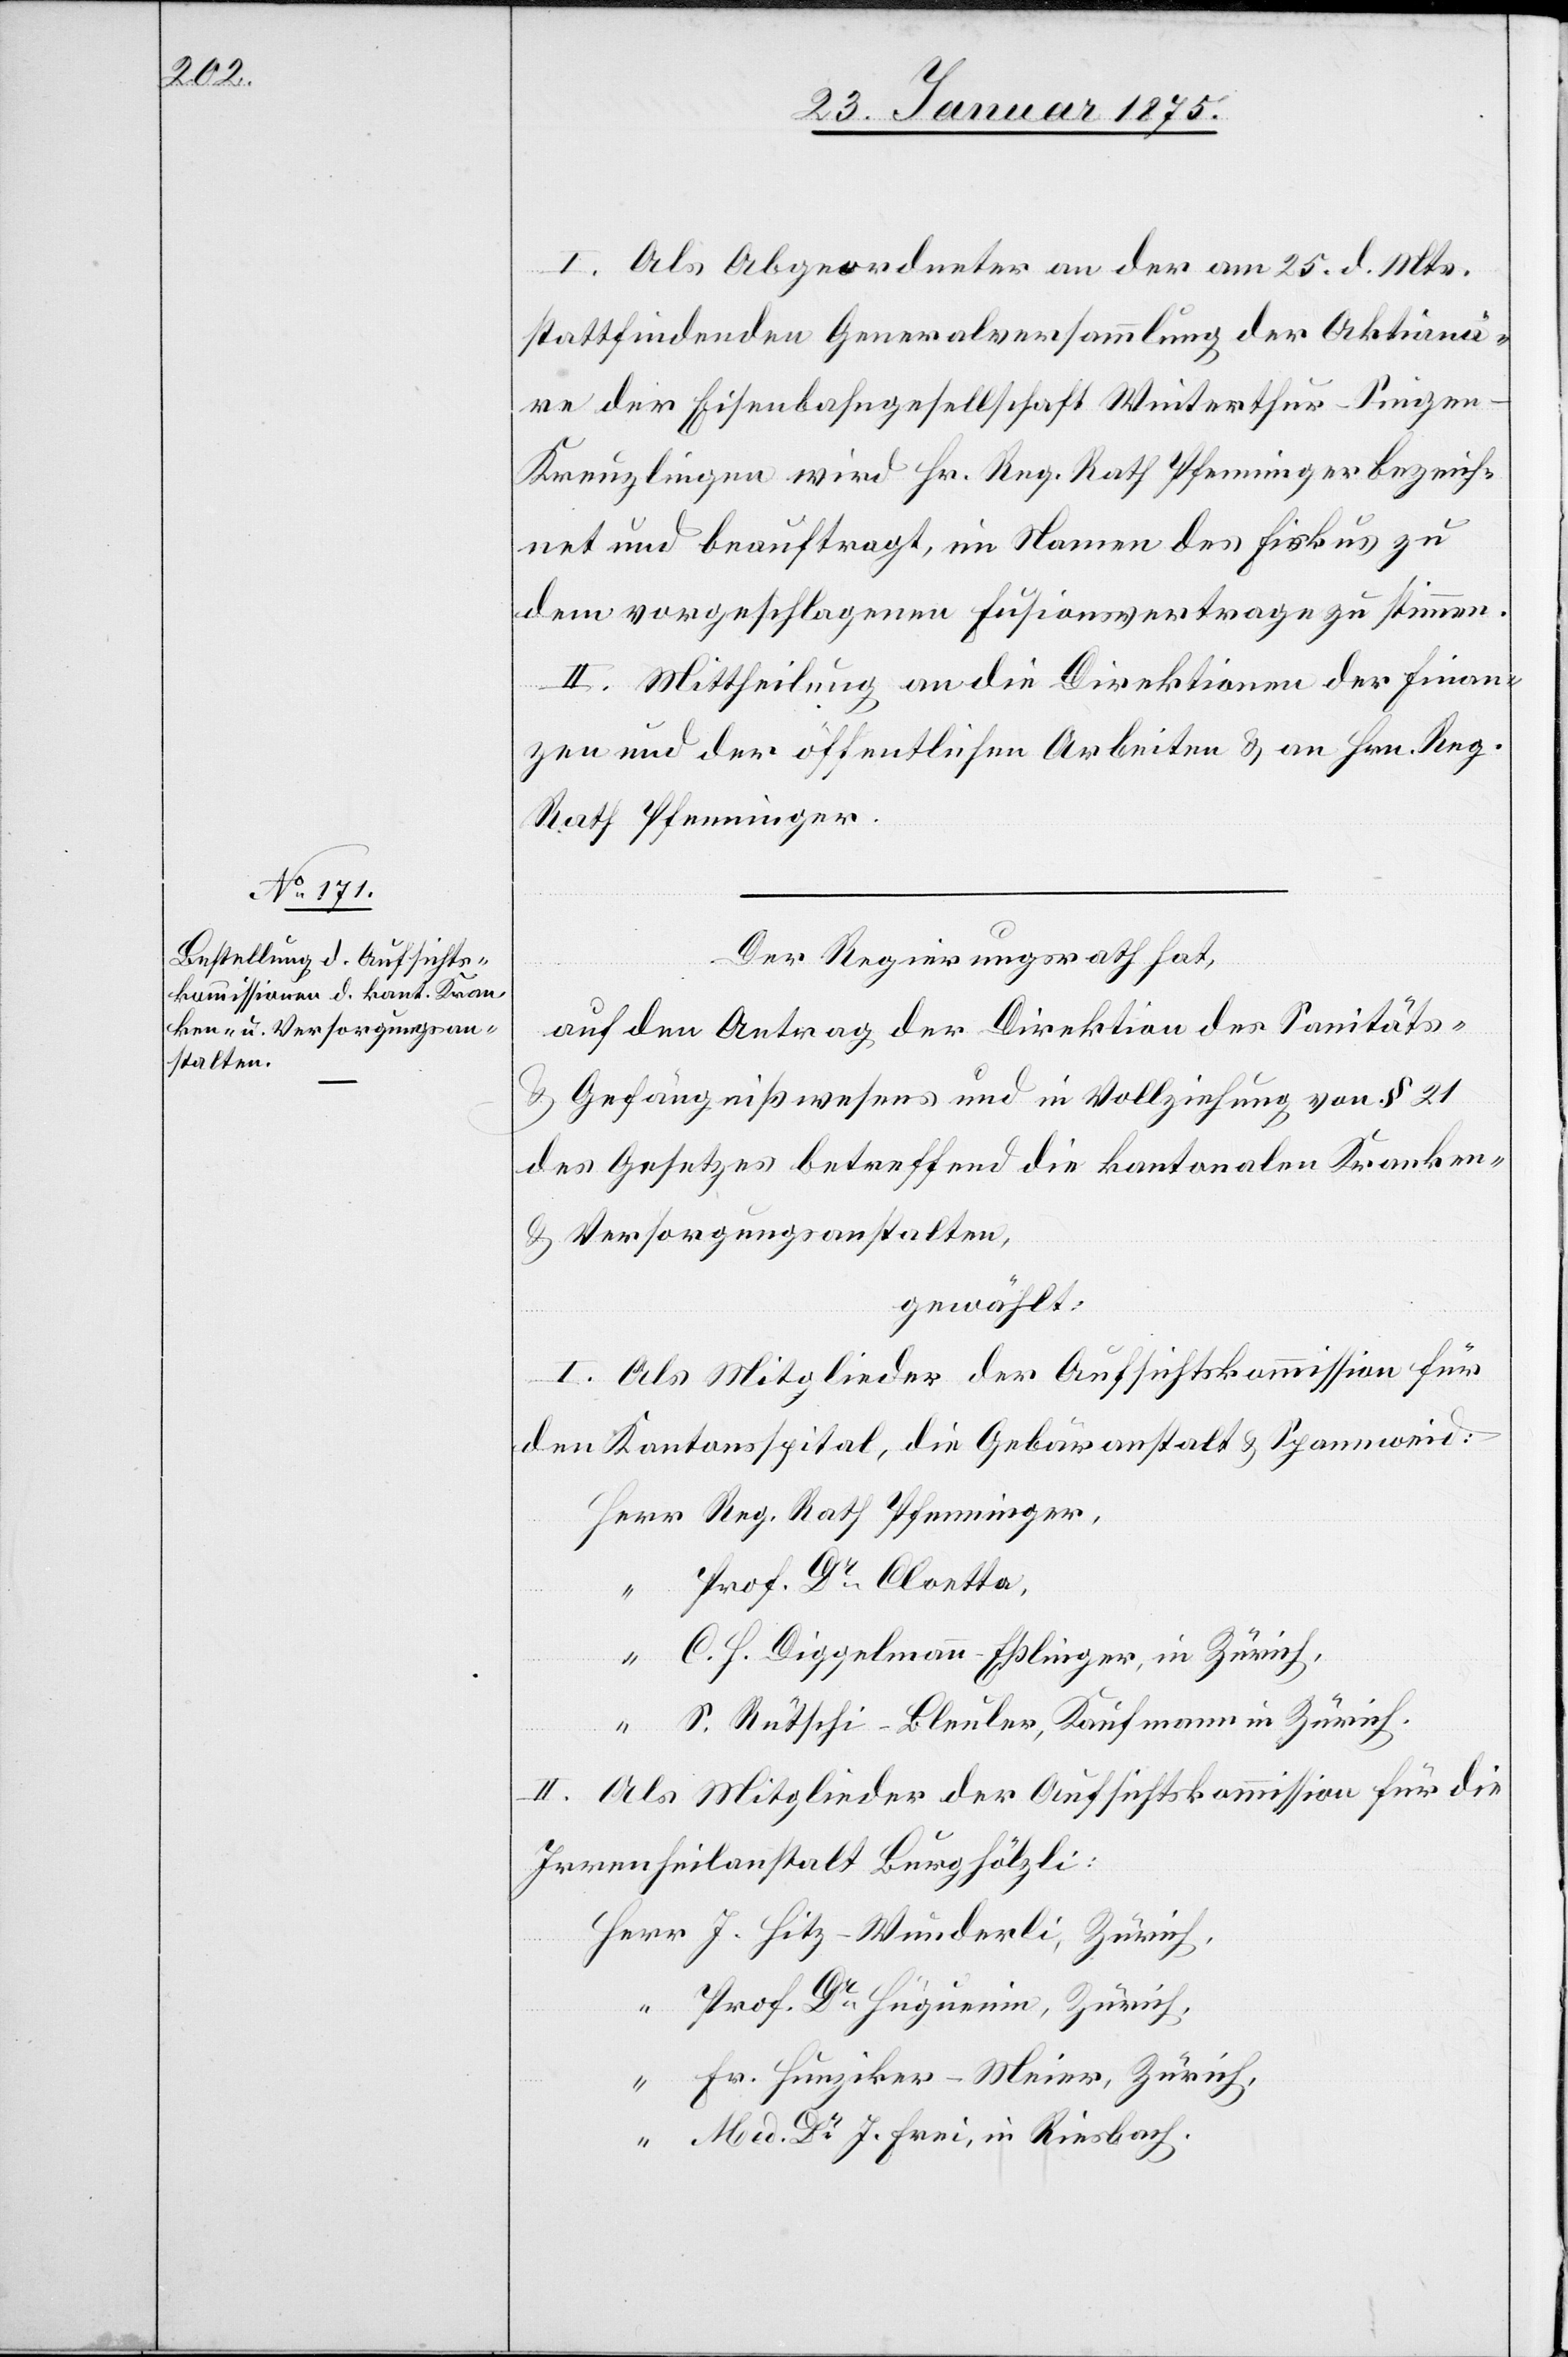
I. Als Abgeordneter an der am 25. d. Mts.
stattfindenden Generalversammlung der Aktionä¬
re der Eisenbahngesellschaft Winterthur–Singe¬
n–Kreuzlingen wird Hr. Reg. Rath Pfenninger bezeich¬
net und beauftragt, im Namen des Fiskus zu
dem vorgeschlagenen Fusionsvertrage zu stimmen.
II. Mittheilung an die Direktionen der Finan¬
zen und der öffentlichen Arbeiten & an Hrn. Reg.
Rath Pfenninger,
Der Regierungsrath hat,
auf den Antrag der Direktion des Sanitäts-
& Gefängnißwesens und in Vollziehung von § 21
des Gesetzes betreffend die kantonalen Kranken-
& Versorgungsanstalten,
gewählt:
I. Als Mitglieder der Aufsichtskommission für
den Kantonsspital, die Gebäranstalt & Spannweid:
Prof. Dr Cloetta,
C. H. Diggelmann-Eßlinger, in Zürich,
S. Rütschi-Bleuler, Kaufmann in Zürich.
II. Als Mitglieder der Aufsichtskommission für die
Irrenheilanstalt Burghölzli:
J. Hitz-Wunderli, Zürich,
Prof. Dr Huguenin, Zürich,
Fr. Hunziker-Meier, Zürich,
Med. Dr J. Frei, in Riesbach.